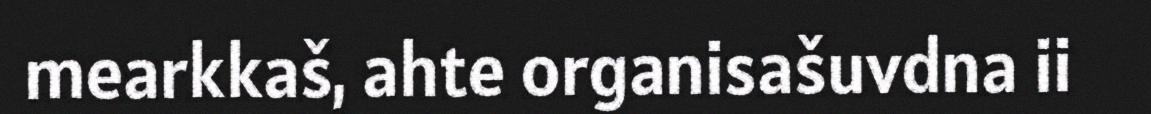
mearkkaš, ahte organisašuvdna ii